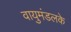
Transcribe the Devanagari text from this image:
वायुमंडलके